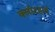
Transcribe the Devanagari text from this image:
क्लॉटहार्ड